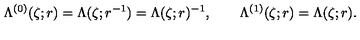
\Lambda ^ { ( 0 ) } ( \zeta ; r ) = \Lambda ( \zeta ; r ^ { - 1 } ) = \Lambda ( \zeta ; r ) ^ { - 1 } , \qquad \Lambda ^ { ( 1 ) } ( \zeta ; r ) = \Lambda ( \zeta ; r ) .